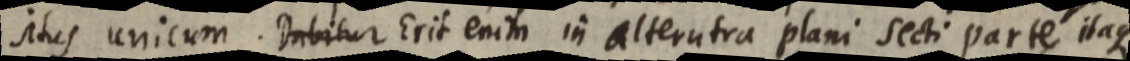
situs unicum. Dabitur Erit enim in alterutra plani secti parte itaque